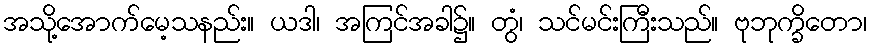
အသို့အောက်မေ့သနည်း။ ယဒါ၊ အကြင်အခါ၌။ တွံ၊ သင်မင်းကြီးသည်။ ဗုဘုက္ခိတော၊